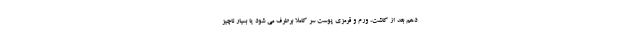
دهم بعد از کاشت، ورم و قرمزی پوست سر کاملا برطرف می شود یا بسیار ناچیز